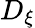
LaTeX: D_{\xi}